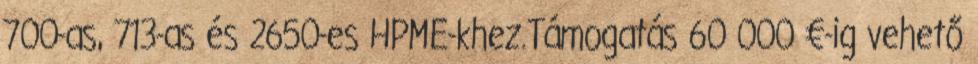
700-as, 713-as és 2650-es HPME-khez.Támogatás 60 000 €-ig vehető